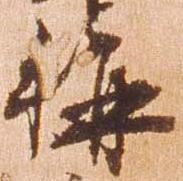
称